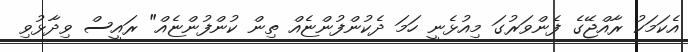
އެކަމަކު ރާއްޖޭގެ ފެންވަރުގަ މިއުޅެނީ ހަމަ ދެކުންފުންޏެއް ތިން ކުންފުންޏެއް" ރައީސް ވިދާޅުވި